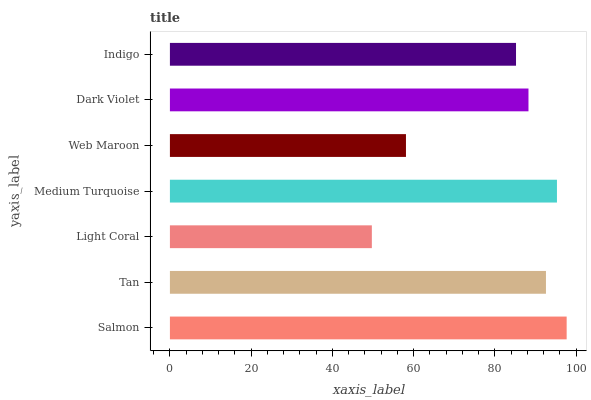
| yaxis_label | bars |
 | --- | --- |
 | Salmon | 97.7 |
 | Tan | 92.6 |
 | Light Coral | 49.7 |
 | Medium Turquoise | 95.3 |
 | Web Maroon | 58.1 |
 | Dark Violet | 88.3 |
 | Indigo | 85.2 |